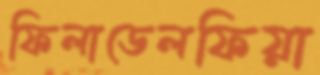
ফিলাডেলফিয়া